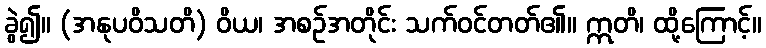
ခွဲ၍။ (အနုပဝိသတိ) ဝိယ၊ အစဉ်အတိုင်း သက်ဝင်တတ်၏။ ဣတိ၊ ထို့ကြောင့်။